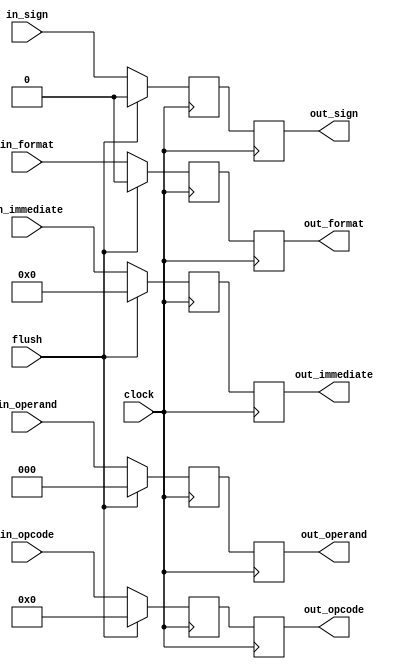
`timescale 1ns / 1ns

module register_id
(
   input clock,
	input wire in_format,
	input wire [3:0] in_opcode,
	input wire in_sign,
	input wire [2:0] in_operand,
	input wire [7:0] in_immediate,
	
	output reg out_format,
	output reg [3:0] out_opcode,
	output reg out_sign,
	output reg [2:0] out_operand,
	output reg [7:0] out_immediate,
	input wire flush
	
);

reg format;
reg [3:0] opcode;
reg sign;
reg [2:0] operand;
reg [7:0] immediate;
reg [10:0] counter;

initial begin
	counter = 0;
end

always @ (negedge clock) begin
	// Read in data
	$display("%d", counter);
	if (flush)
	begin
		format = 0;
		opcode = 0;
		sign = 0;
		operand = 0;
		immediate = 0;
		counter = counter - 2;
	end
	else begin
		format <= in_format;
		opcode <= in_opcode;
		sign <= in_sign;
		operand <= in_operand;
		immediate <= in_immediate;
		counter <= counter + 1;
	end
end

always @ (posedge clock) begin
	// Write out data
	out_format <= format;
	out_opcode <= opcode;
	out_sign <= sign;
	out_operand <= operand;
	out_immediate <= immediate;
end

endmodule